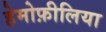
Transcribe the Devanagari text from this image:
हेमोफ़ीलिया